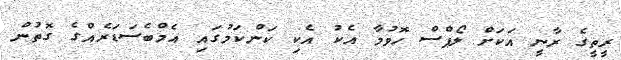
ރީތީގެ ރާނީ އަކަށް ލޯޕްސް ހޮވުމާ އެކު އެކި ކަންކަމުގައި އެމްބެސަޑަރެއްގެ ގޮތުން